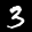
Label: 3